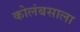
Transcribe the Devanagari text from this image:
कोलंबसाला